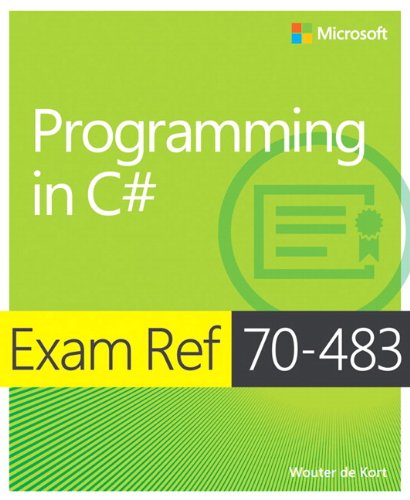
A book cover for Exam Ref 70-483 Programming in C# (MCSD); Wouter de Kort; Computers & Technology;